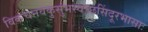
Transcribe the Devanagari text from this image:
विकचनवकुसुंभस्वच्छसिंदूरभासाः